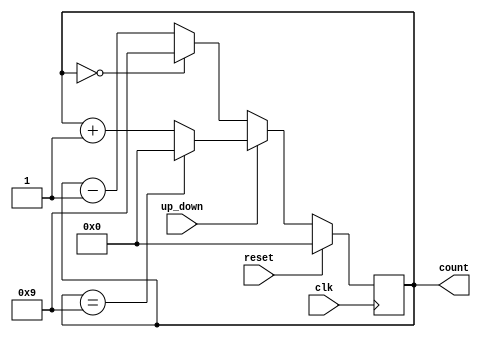
`timescale 1ns / 1ps
module mod_counter #(parameter N = 10, parameter W = 4)
    (input clk,
    input reset,
    input up_down,
    output reg [3:0] count);

    always @(posedge clk) begin
        if (reset)
            count <= {W{1'b0}}; // Reset the counter to 0 when reset is asserted
        else if (up_down)
            count <= (count == N - 1) ? {W{1'b0}} : count + 1; // Count up and wrap around
        else
            count <= (count == {W{1'b0}}) ? N - 1 : count - 1; // Count down and wrap around
    end

endmodule